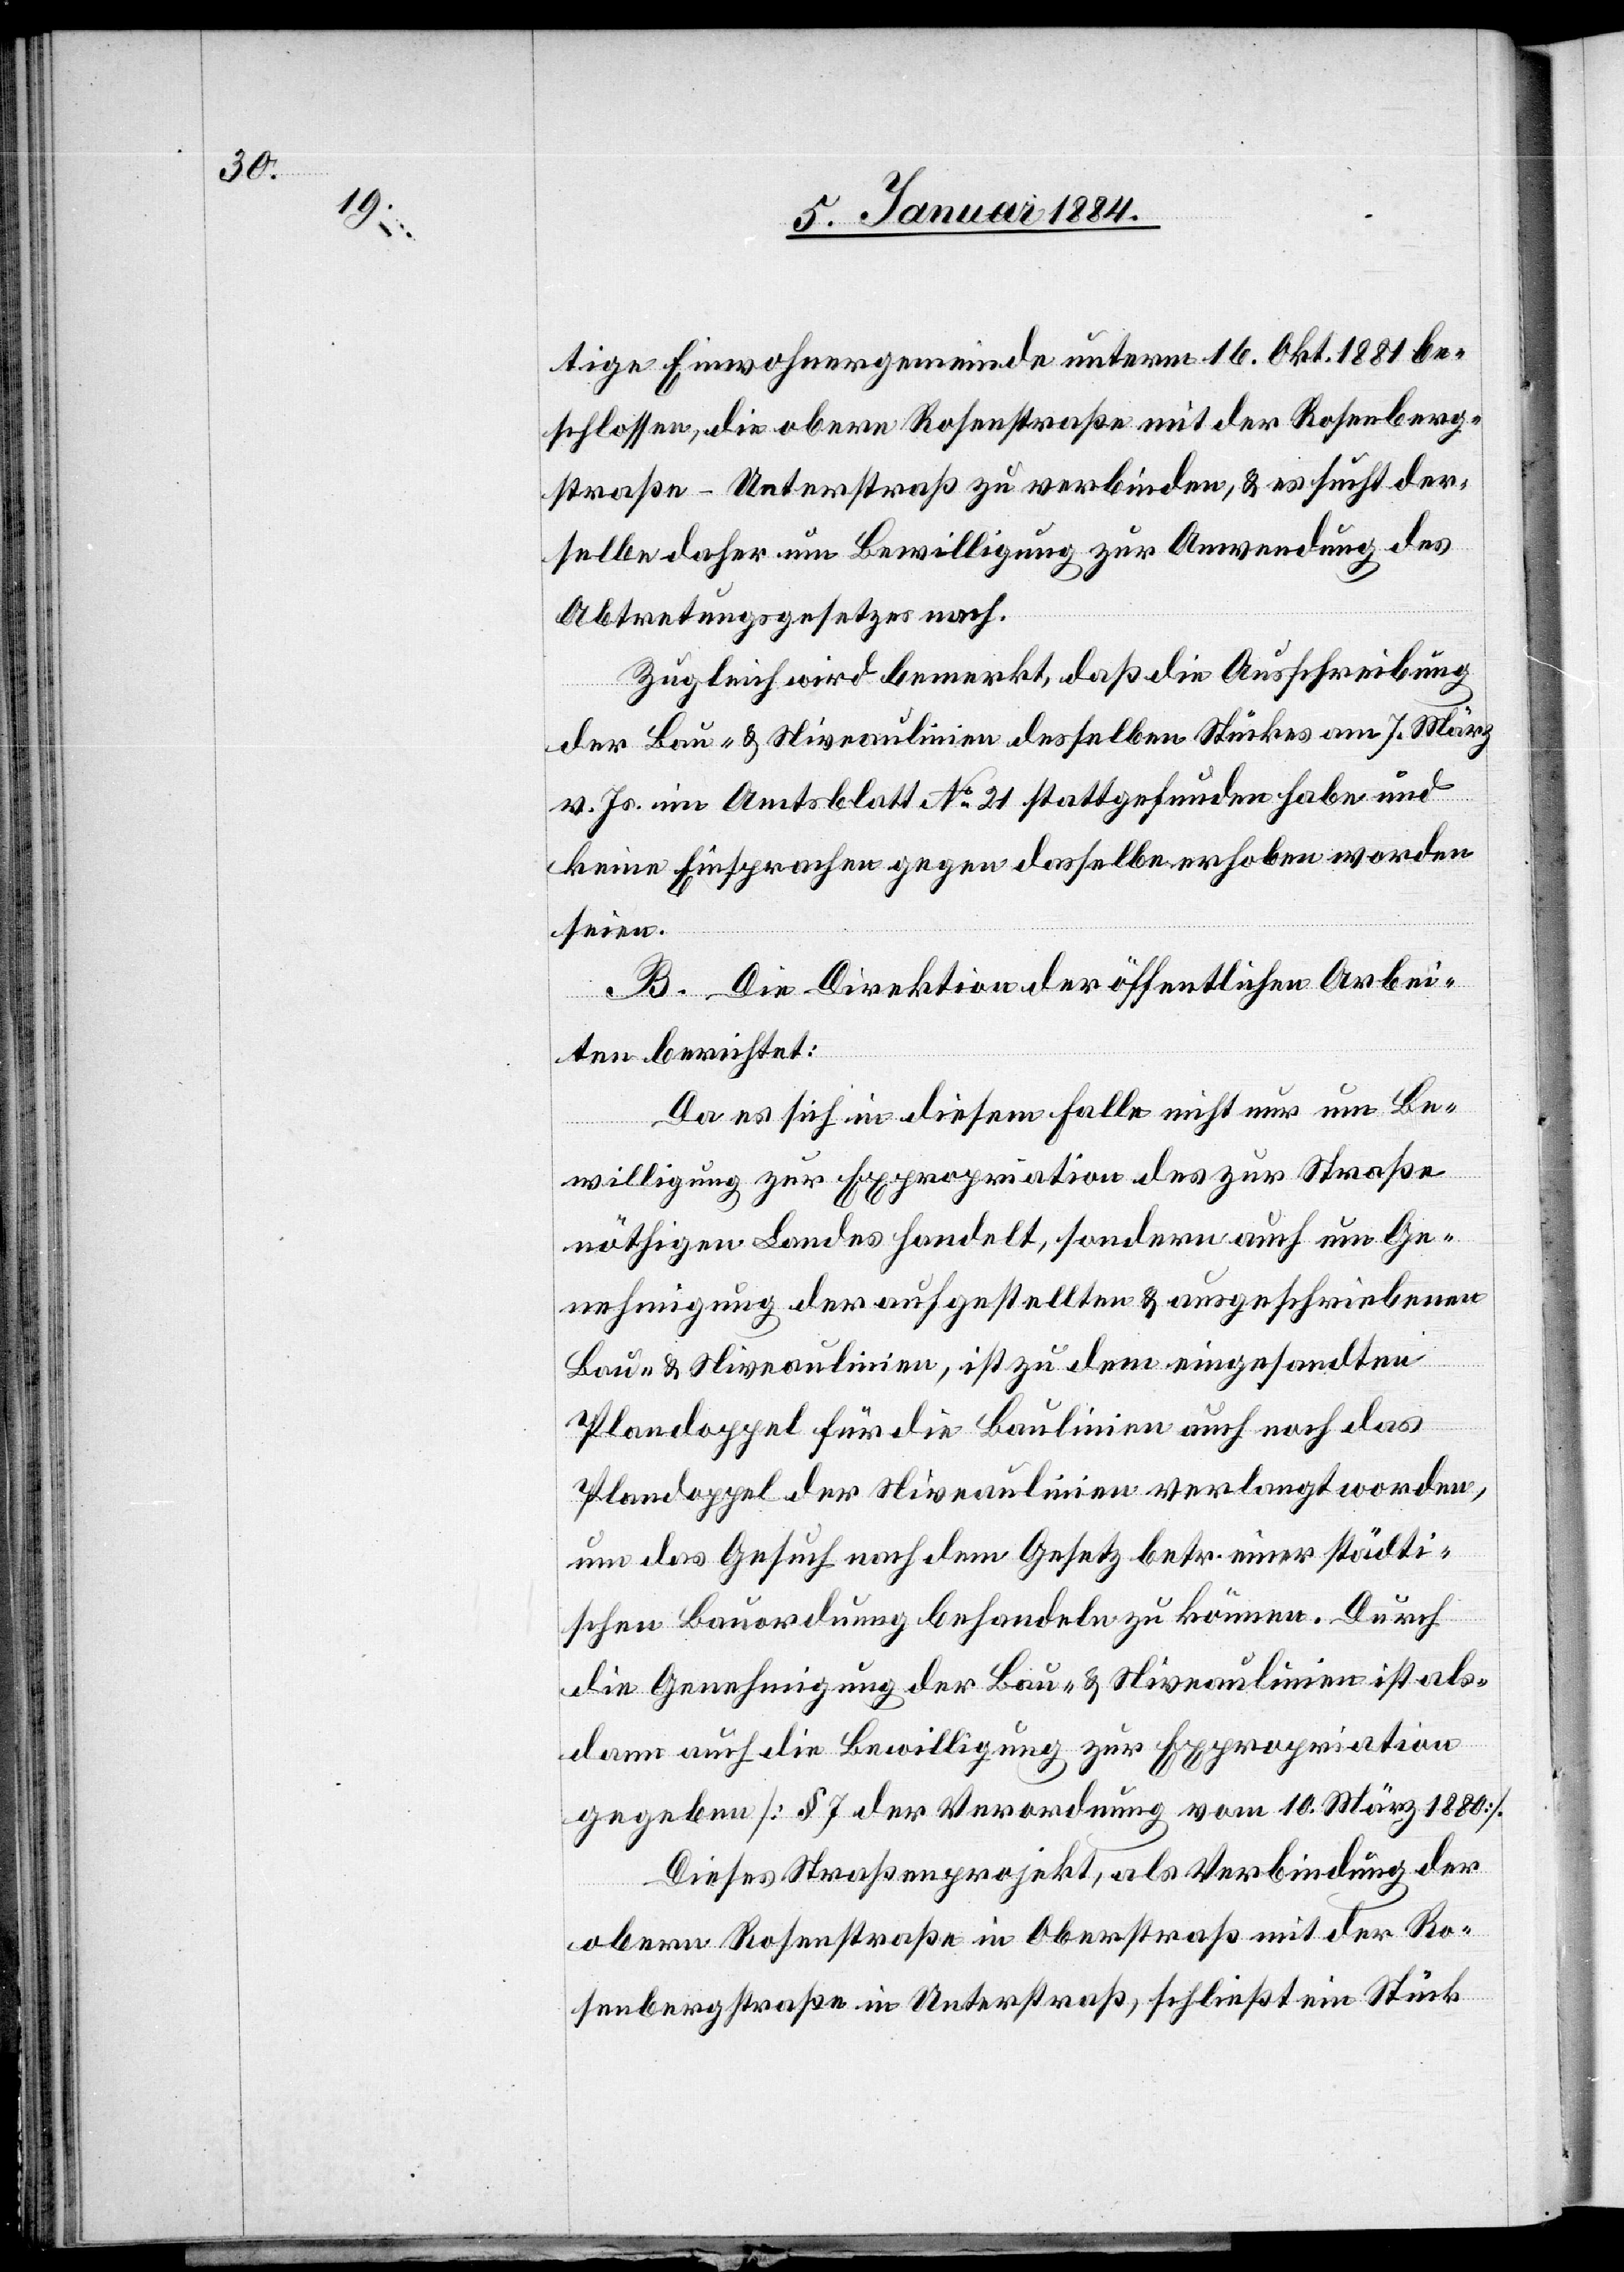
tige Einwohnergemeinde unterm 16. Okt. 1881 be¬
schlossen, die obere Rosenstraße mit der Rosenberg¬
straße - Unterstraß zu verbinden, & es sucht der¬
selbe daher um Bewilligung zur Anwendung des
Abtretungsgesetzes nach.
Zugleich wird bemerkt, daß die Ausschreibung
der Bau- & Niveaulinien desselben Stückes am 7. März
v. Js. im Amtsblatt No. 21 stattgefunden habe und
keine Einsprachen gegen dasselbe erhoben worden
seien.
B. Die Direktion der öffentlichen Arbei¬
ten berichtet:
Da es sich in diesem Falle nicht nur um Be¬
willigung zur Expropriation des zur Straße
nöthigen Landes handelt, sondern auch um Ge¬
nehmigung der aufgestellten & ausgeschriebenen
worden,
Bau- & Niveaulinien, ist zu dem eingesandten
Plandoppel für die Baulinien auch noch das
um das Gesuch nach dem Gesetz betr. einer städti¬
schen Bauordnung behandeln zu können. Durch
die Genehmigung der Bau- & Niveaulinien ist als¬
dann auch die Bewilligung zur Expropriation
gegeben [§ 7 der Verordnung vom 10. März 1880].
Dieses Straßenprojekt, als Verbindung der
obern Rosenstraße in Oberstraß mit der Ro¬
senbergstraße in Unterstraß, schließt ein Stück